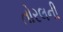
તોરલની